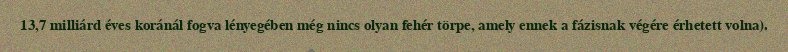
13,7 milliárd éves koránál fogva lényegében még nincs olyan fehér törpe, amely ennek a fázisnak végére érhetett volna).